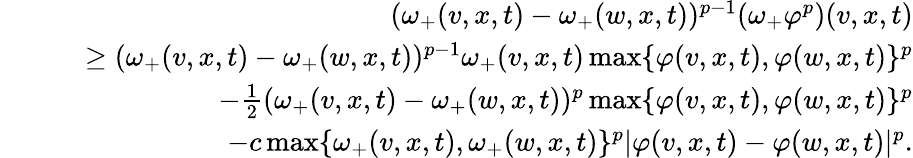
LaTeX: \begin{array}{rlr}&{}&{(\omega_{+}(v,x,t)-\omega_{+}(w,x,t))^{p-1}(\omega_{+}\varphi^{p})(v,x,t)}\\ &{}&{\quad\ge(\omega_{+}(v,x,t)-\omega_{+}(w,x,t))^{p-1}\omega_{+}(v,x,t)\operatorname*{max}\{ \varphi(v,x,t),\varphi(w,x,t)\} ^{p}}\\ &{}&{\qquad-\frac{1}{2}(\omega_{+}(v,x,t)-\omega_{+}(w,x,t))^{p}\operatorname*{max}\{ \varphi(v,x,t),\varphi(w,x,t)\} ^{p}}\\ &{}&{\qquad-c\operatorname*{max}\{ \omega_{+}(v,x,t),\omega_{+}(w,x,t)\} ^{p}\lvert\varphi(v,x,t)-\varphi(w,x,t)\rvert^{p}.}\end{array}